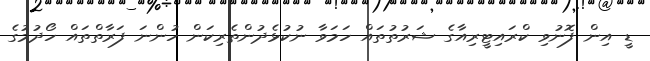
ޑީ އިން ފޮނުވި ކްރައިޓީރިއާގެ ޝަރުތުތައް ހަމަވާ ނުކުޅެދުންތެރިކަން ހުންނަ ފަރާތްތައް ހޯދުމުގެ